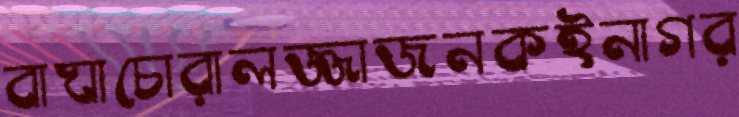
বাঘাচোরালজ্জাজনকইনাগর